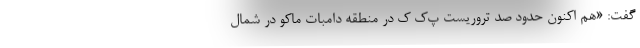
گفت: «هم اکنون حدود صد تروریست پ‌ک ک در منطقه دامبات ماکو در شمال